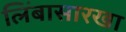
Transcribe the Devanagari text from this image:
लिंबासारखा